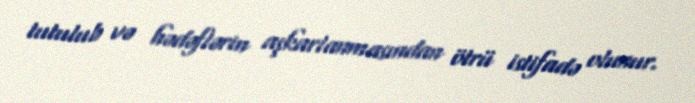
tutulub və hədəflərin aşkarlanmasından ötrü istifadə olunur.